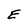
Character: E